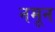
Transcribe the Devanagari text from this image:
नमून